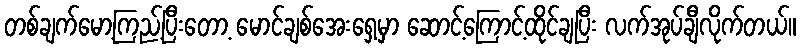
တစ်ချက်မော့ကြည့်ပြီးတော့ မောင်ချစ်အေးရှေ့မှာ ဆောင့်ကြောင့်ထိုင်ချပြီး လက်အုပ်ချီလိုက်တယ်။